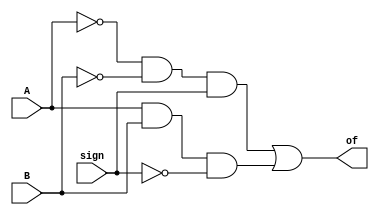
module overflow(A,B,sign,of);

input A,B,sign;
output of;

assign of = (!A&&!B&&sign) || (A&&B&&!sign) ;

endmodule